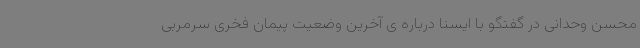
محسن وحدانی در گفتگو با ایسنا درباره ی آخرین وضعیت پیمان فخری سرمربی